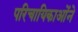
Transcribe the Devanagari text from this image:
परिचायिकाओंने